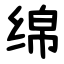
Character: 绵